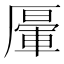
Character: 𠪷